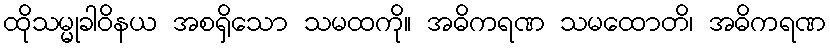
ထိုသမ္မုခါဝိနယ အစရှိသော သမထကို။ အဓိကရဏ သမထောတိ၊ အဓိကရဏ